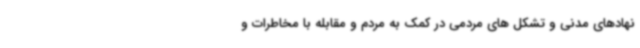
نهادهای مدنی و تشکل های مردمی در کمک به مردم و مقابله با مخاطرات و